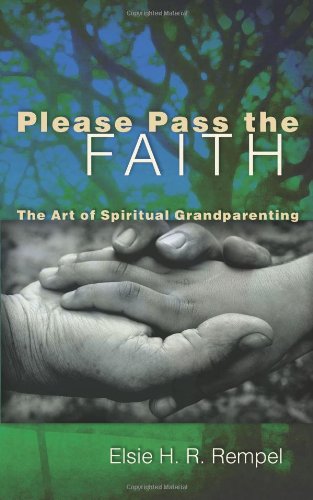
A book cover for Please Pass the Faith: The Art of Spiritual Grandparenting; Elsie Rempel; Parenting & Relationships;